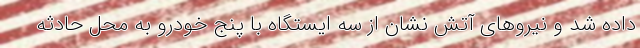
داده شد و نیروهای آتش نشان از سه ایستگاه با پنج خودرو به محل حادثه